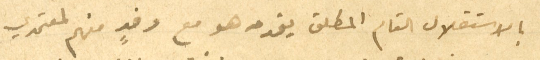
بالاستقلال التام المطلق يقدمه هو مع وفدٍ منهم لمعتمدي